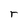
Character: r